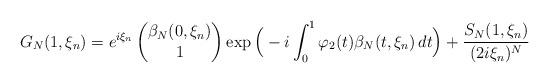
LaTeX: \begin{align*}G_N(1,\xi_n)= e^{i\xi_n} \begin{pmatrix}\beta_N(0,\xi_n)\\1\end{pmatrix} \exp\Big(-i \int_0^1\varphi_2(t)\beta_N(t,\xi_n)\,dt\Big)+\frac{S_N(1,\xi_n)}{(2i\xi_n)^N}\end{align*}